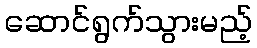
ဆောင်ရွက်သွားမည့်